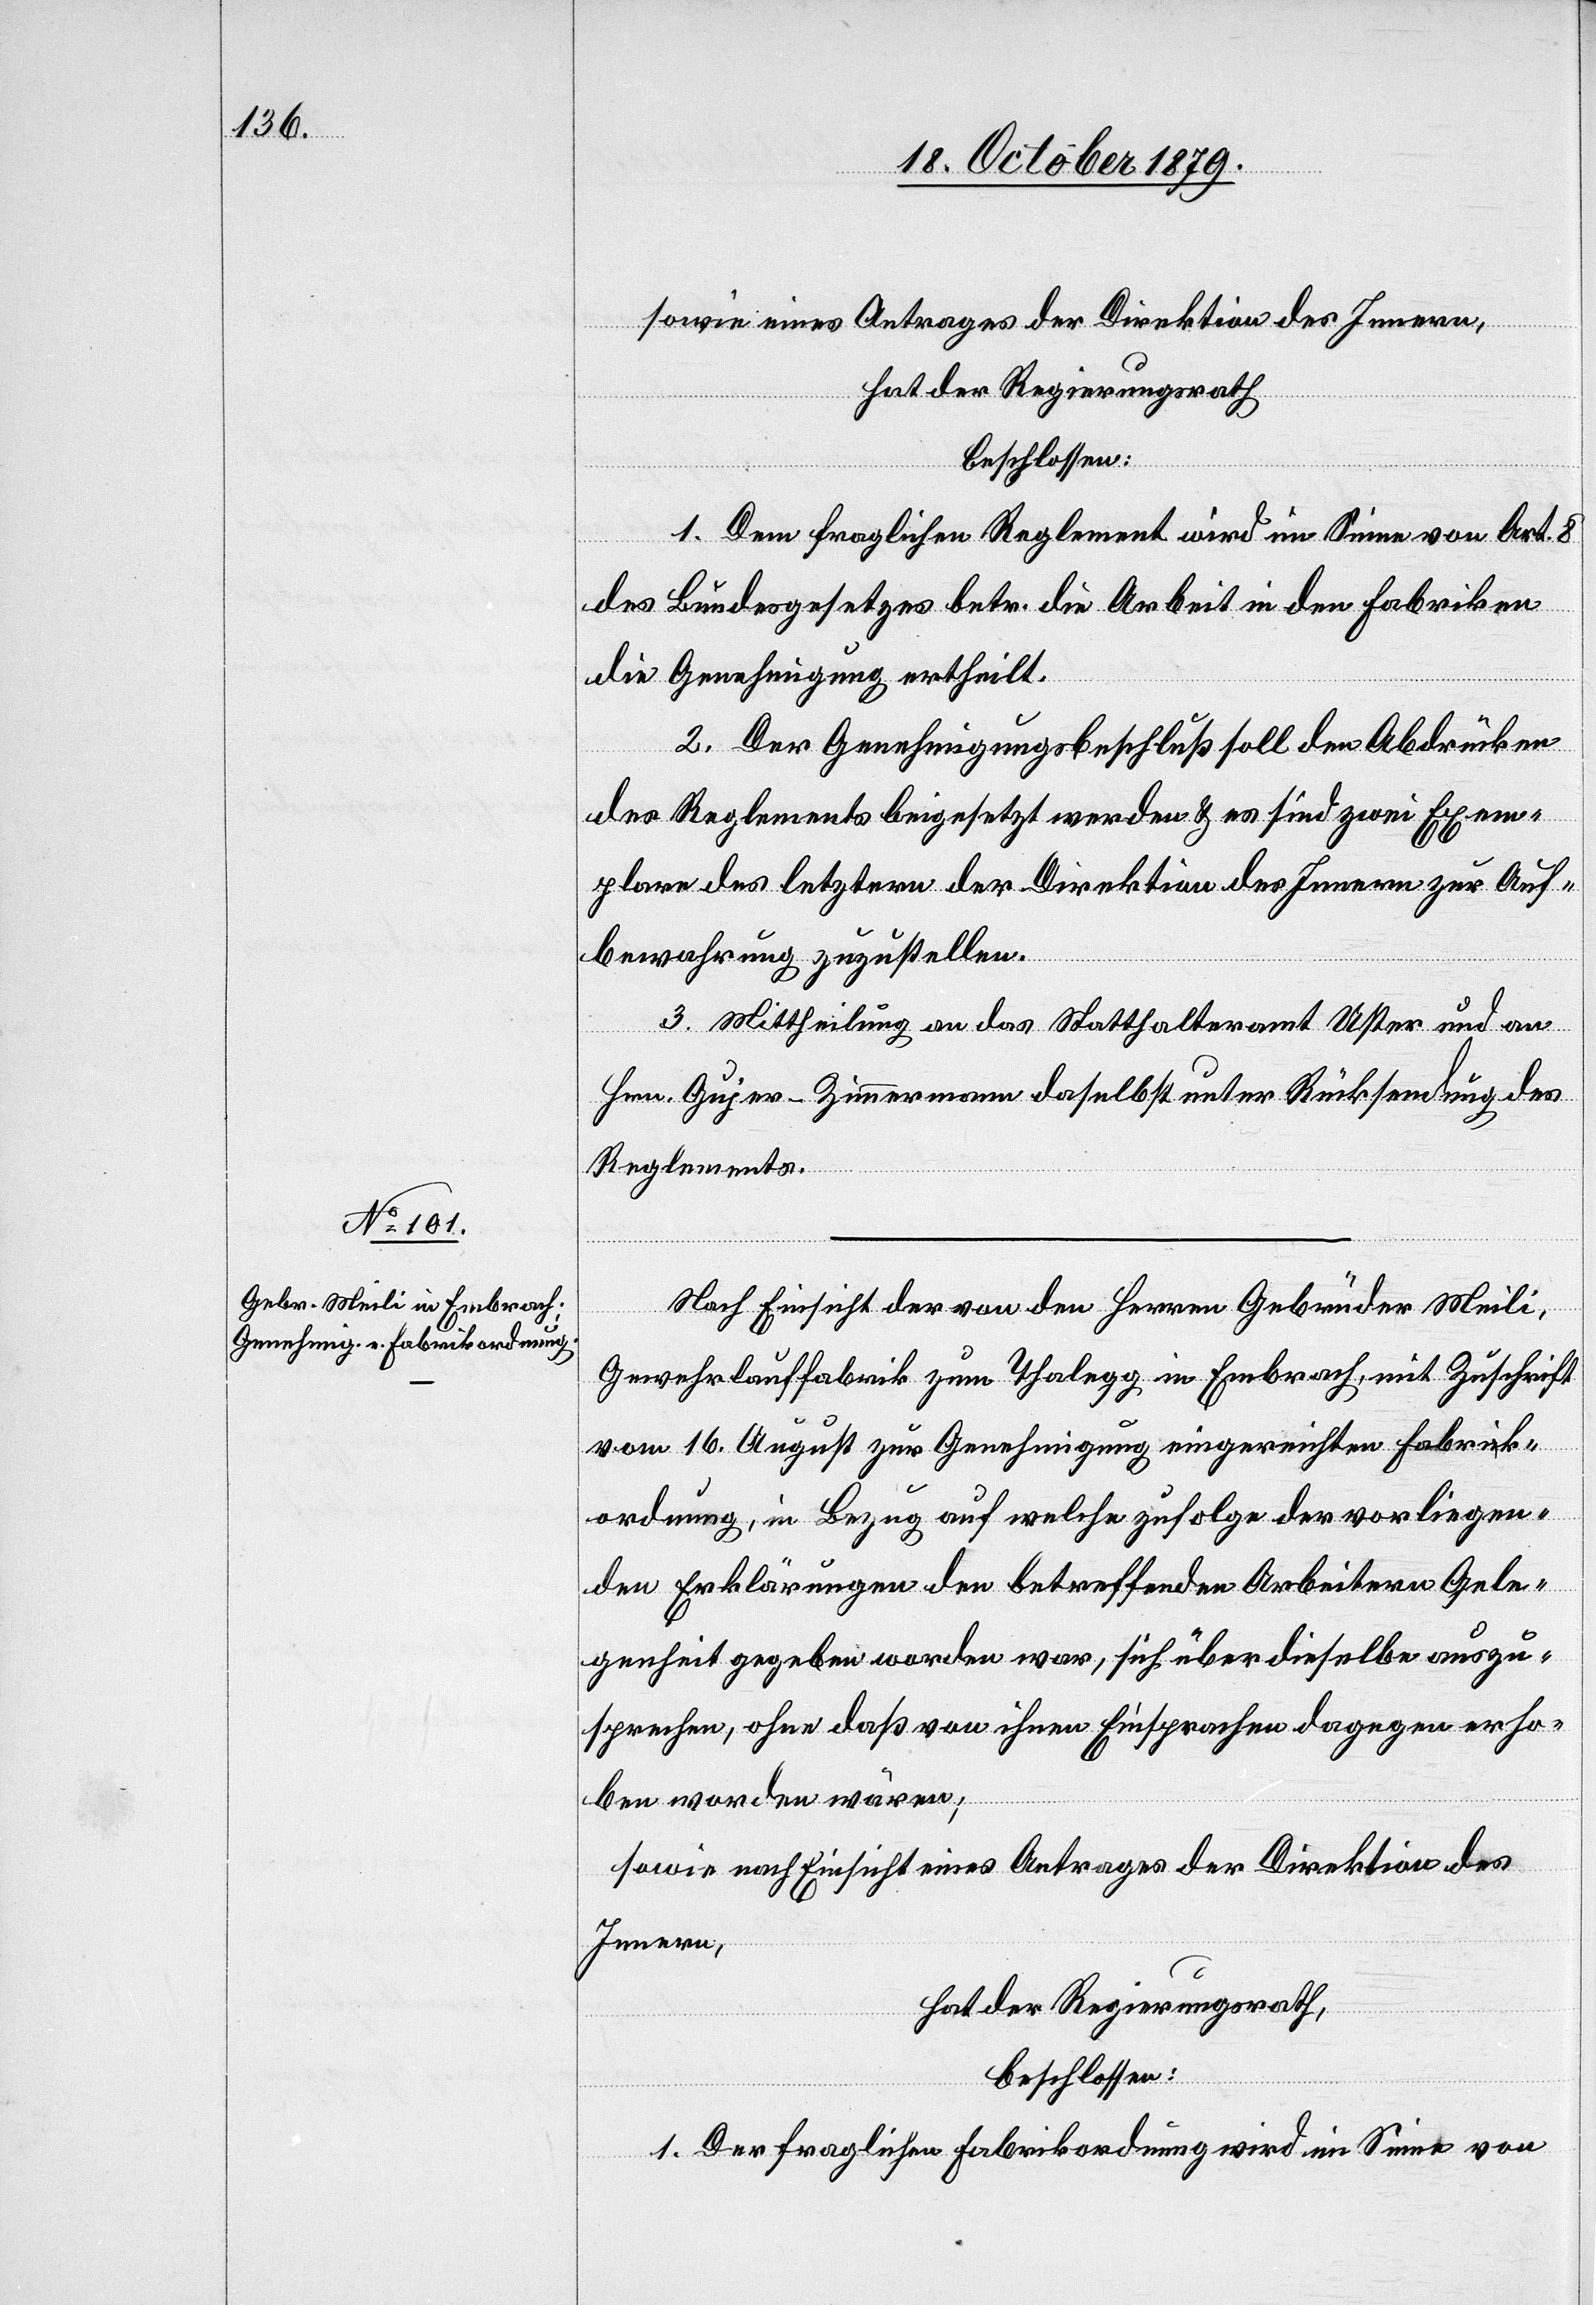
sowie eines Antrages der Direktion des Innern,
hat der Regierungsrath
beschlossen:
1.Dem fraglichen Reglement wird im Sinne von Art. 8
des Bundesgesetzes betr. die Arbeit in den Fabriken
die Genehmigung ertheilt.
2. Der Genehmigungsbeschluß soll den Abdrücken
des Reglements beigesetzt werden & es sind zwei Exem¬
plare des letztern der Direktion des Innern zur Auf¬
bewahrung zuzustellen.
3. Mittheilung an das Statthalteramt Uster und an
Hrn. Gujer-Zimmermann daselbst unter Rücksendung des
Reglements.
Nach Einsicht der von den Herren Gebrüder Meili,
Gewehrlauffabrik zum Thalegg in Embrach, mit Zuschrift
vom 16. August zur Genehmigung eingereichten Fabrik¬
ordnung, im Bezug auf welche zufolge der vorliegen¬
den Erklärungen den betreffenden Arbeitern Gele¬
genheit gegeben worden war, sich über dieselbe auszu¬
sprechen, ohne daß von ihnen Einsprachen dagegen erho¬
ben worden wären;
Sowie nach Einsicht eines Antrages der Direktion des
Innern,
hat der Regierungsrath,
beschlossen:
1. Der fraglichen Fabrikordnung wird im Sinne von